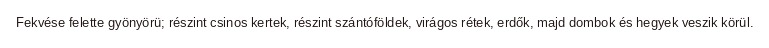
Fekvése felette gyönyörü; részint csinos kertek, részint szántóföldek, virágos rétek, erdők, majd dombok és hegyek veszik körül.